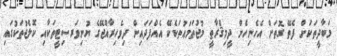
މަބާދީތަކަށް ފެތޭ ގޮތަށް އެހެނިހެން ދީމިޤްރާޠީ މުޖުތަމަޢުތަކެކޭ އެއްފަދައިން ދިވެހިރާއްޖޭގެ ޔުނިވަރސިޓީތަކާއި ކޮލެޖުތަކުގައި